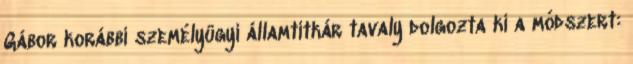
Gábor korábbi személyügyi államtitkár tavaly dolgozta ki a módszert: